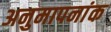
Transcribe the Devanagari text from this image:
अनुमापनांक